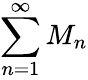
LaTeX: \sum_{n=1}^{\infty}M_{n}